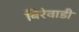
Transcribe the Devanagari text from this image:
बिरेवाडी